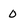
Character: 0